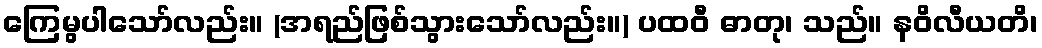
ကြေမွပါသော်လည်း။ (အရည်ဖြစ်သွားသော်လည်း။) ပထဝီ ဓာတု၊ သည်။ နဝိလီယတိ၊